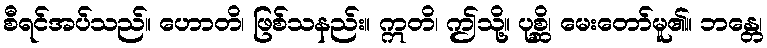
စီရင်အပ်သည်။ ဟောတိ၊ ဖြစ်သနည်း။ ဣတိ၊ ဤသို့။ ပုစ္ဆိ၊ မေးတော်မူ၏။ ဘန္တေ၊